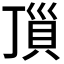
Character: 𧵜